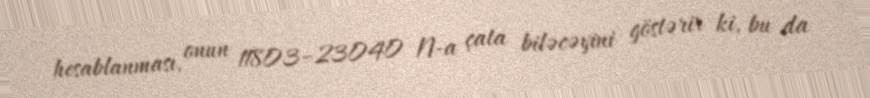
hesablanması, onun 11803–23040 N-a çata biləcəyini göstərir ki, bu da